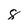
Character: 8